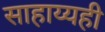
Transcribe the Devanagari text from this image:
साहाय्यही